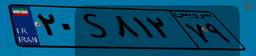
۹۲S۹۹۲۱۰